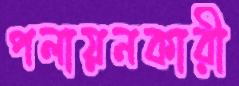
পলায়নকারী